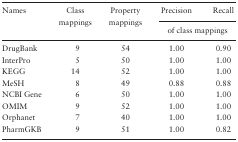
| <ROWSPAN=2> Names | <ROWSPAN=2> Class mappings | <ROWSPAN=2> Property mappings | Precision | Recall |
 | <COLSPAN=2> of class mappings |
 | --- | --- | --- | --- | --- |
 | DrugBank | 9 | 54 | 1.00 | 0.90 |
 | InterPro | 5 | 50 | 1.00 | 1.00 |
 | KEGG | 14 | 52 | 1.00 | 1.00 |
 | MeSH | 8 | 49 | 0.88 | 0.88 |
 | NCBI Gene | 6 | 50 | 1.00 | 1.00 |
 | OMIM | 9 | 52 | 1.00 | 1.00 |
 | Orphanet | 7 | 40 | 1.00 | 1.00 |
 | PharmGKB | 9 | 51 | 1.00 | 0.82 |